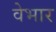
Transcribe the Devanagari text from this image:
वेभार